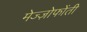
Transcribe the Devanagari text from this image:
मेज्ज़ोफोंती